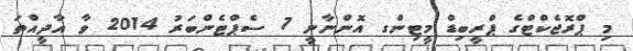
މި ޕްރޮޖެކްޓްގެ ޕްރީބިޑް މީޓިންގ އޮންނާނީ 7 ސެޕްޓެންބަރު 2014 ވާ އާދީއްތަ